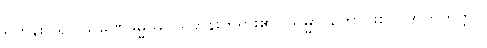
ရဟန်းပြု၍။ သမဏဓမ္မဿ၊ ရဟန်းတရား၏။ သမ္မာ၊ ကောင်းစွာ။ အကတတ္တာ၊